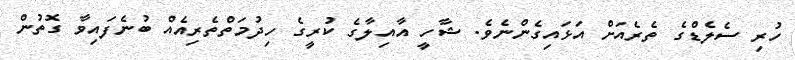
ހުރި ސެލެޑްގެ ތެރެއަށް އަޅައިގެންނެވެ. ޝާހީ އާއިލާގެ ކުރީގެ ހިދުމަތްތެރިއެއް ބުނެފައިވާ ގޮތުން